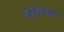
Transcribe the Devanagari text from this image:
हेलिअम